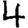
Digit: 4